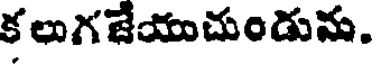
క లుగజేయుచుండును.